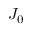
J _ { 0 }